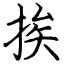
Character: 挨